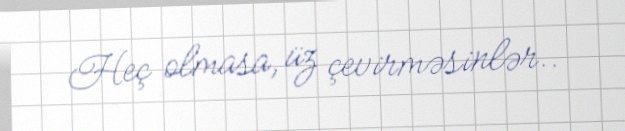
Heç olmasa, üz çevirməsinlər..